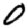
Digit: 0